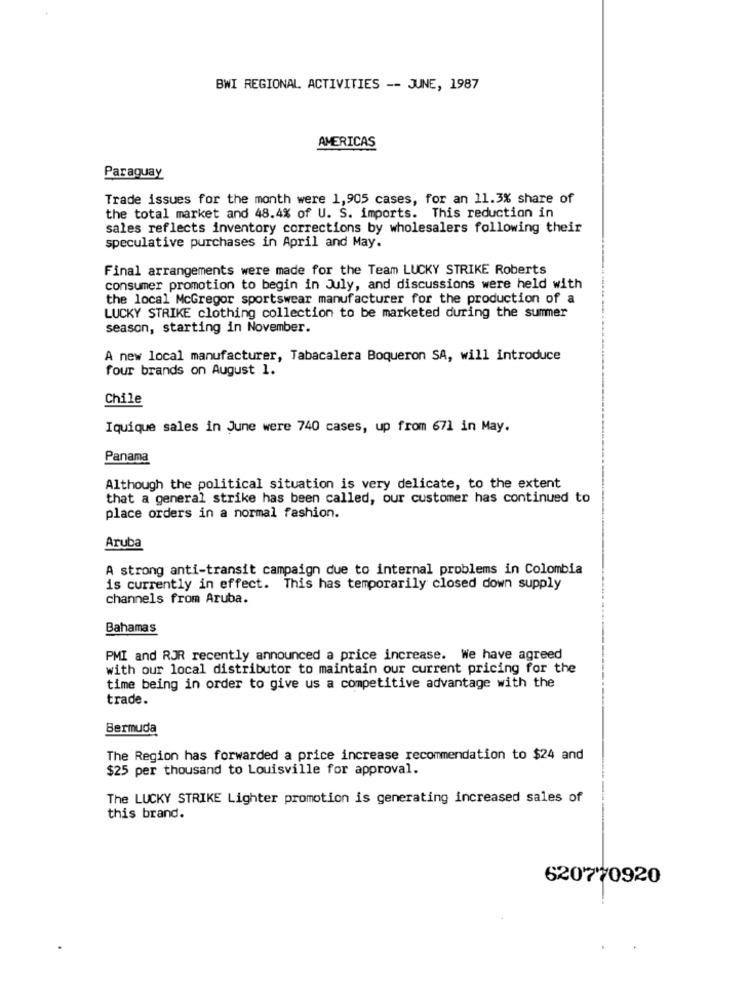
BWI REGIONAL ACTIVITIES -- JUNE, 1987
AMERICAS
Paraguay
Trade issues for the month were 1,905 cases, for an 11.3% share of
the total market and 48.4% of U. S. imports. This reduction in
sales reflects inventory corrections by wholesalers following their
speculative purchases in April and May.
Final arrangements were made for the Team LUCKY STRIKE Roberts
consumer promotion to begin in July, and discussions were held with
the local McGregor sportswear manufacturer for the production of a
LUCKY STRIKE clothing collection to be marketed during the summer
season, starting in November.
A new local manufacturer, Tabacalera Boqueron SA, will introduce
four brands on August 1.
Chile
Iquique sales in June were 740 cases, up from 671 in May.
Panama
Although the political situation is very delicate, to the extent
that a general strike has been called, our customer has continued to
place orders in a normal fashion.
Aruba
A strong anti-transit campaign due to internal problems in Colombia
is currently in effect. This has temporarily closed down supply
channels from Aruba.
Bahamas
PMI and RJR recently announced a price increase. We have agreed
with our local distributor to maintain our current pricing for the
time being in order to give us a competitive advantage with the
trade.
Bermuda
The Region has forwarded a price increase recommendation to $24 and
$25 per thousand to Louisville for approval.
The LUCKY STRIKE Lighter promotion is generating increased sales of
this brand.
620770920